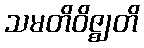
သမတိဝိဇ္ဈတိ